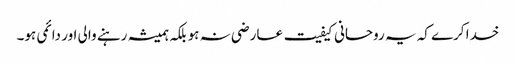
خدا کرے کہ یہ روحانی کیفیت عارضی نہ ہو بلکہ ہمیشہ رہنے والی اور دائمی ہو۔